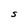
Character: S